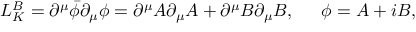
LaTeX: L _ { K } ^ { B } = \partial ^ { \mu } \bar { \phi } \partial _ { \mu } \phi = \partial ^ { \mu } A \partial _ { \mu } A + \partial ^ { \mu } B \partial _ { \mu } B , \, \, \, \, \, \, \, \, \, \phi = A + i B , \,